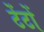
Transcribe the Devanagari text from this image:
टेंटों